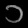
Digit: ၁